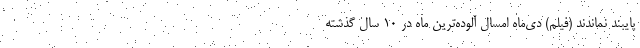
پایبند نماندند (فیلم) دی‌ماه امسال آلوده‌ترین ماه در ۱۰ سال گذشته